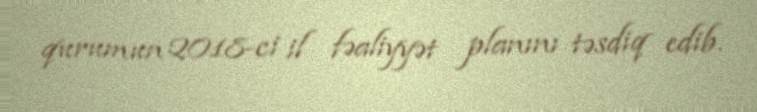
qurumun 2018-ci il fəaliyyət planını təsdiq edib.